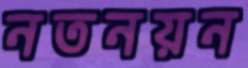
নতনয়ন